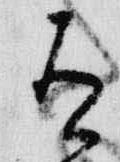
有